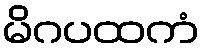
မိဂပထကံ